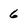
Character: 6